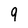
Character: 9